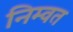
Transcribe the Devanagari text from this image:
निम्वत